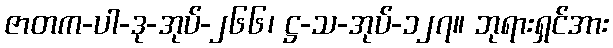
ဇာတက-ပါ-ဒု-အုပ်-၂၆၆၊ ဋ္ဌ-သ-အုပ်-၁၂၇။ ဘုရားရှင်အား